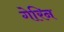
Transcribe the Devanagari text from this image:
गेरिन